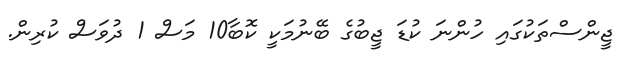
ޖީންސްތަކުގައި ހުންނަ ކުޑަ ޖީބުގެ ބޭނުމަކީ ކޮބާ10 މަސް 1 ދުވަސް ކުރިން.